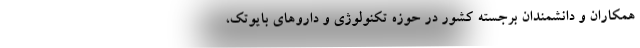
همکاران و دانشمندان برجسته کشور در حوزه تکنولوژی و داروهای بایوتک،